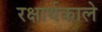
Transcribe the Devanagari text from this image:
रक्षार्थकाले